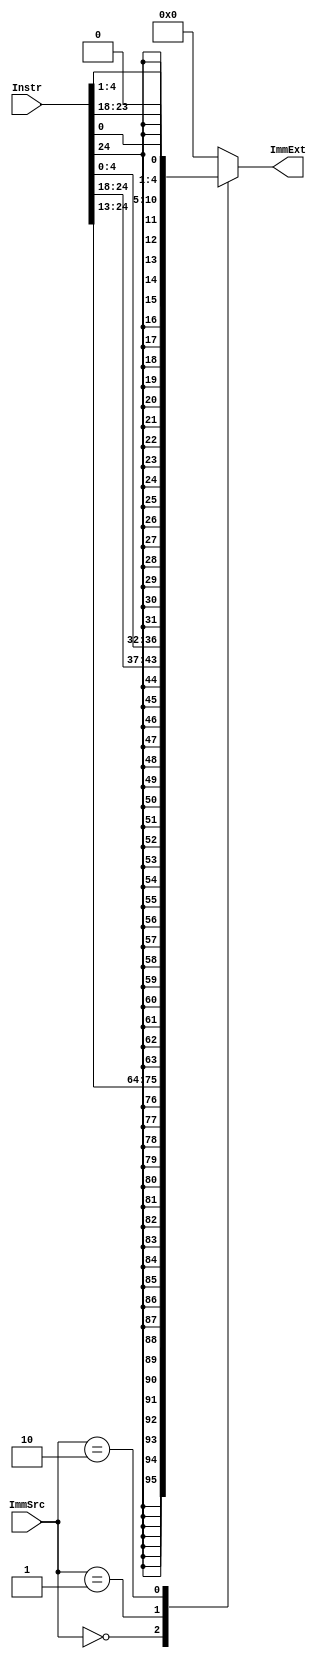
module Sign_extend(
input [31:7] Instr, // instruction out from instruction memory without op-code
input [1:0] ImmSrc, 
output reg [31:0] ImmExt // extended output
);

always@(*) begin
case(ImmSrc)
      //I-Type --> on right side 12-bit immediate value ,, then left side is the extending of last bit
      2'b00:ImmExt = {{20{Instr[31]}},Instr[31:20]};  
      //R-Type --> on right side adding 2 registers ,, then left side is the extending of last bit
      2'b01:ImmExt = {{20{Instr[31]}},Instr[31:25],Instr[11:7]}; 
      //B-Type --> on right side adding 3 registers ,, then left side is the extending of last bit
      2'b10:ImmExt = {{20{Instr[31]}},Instr[7],Instr[30:25],Instr[11:8],1'b0};
      default: ImmExt = 0;
  endcase
end

endmodule